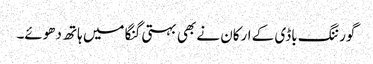
گورننگ باڈی کے ارکان نے بھی بہتی گنگا میں ہاتھ دھوئے۔